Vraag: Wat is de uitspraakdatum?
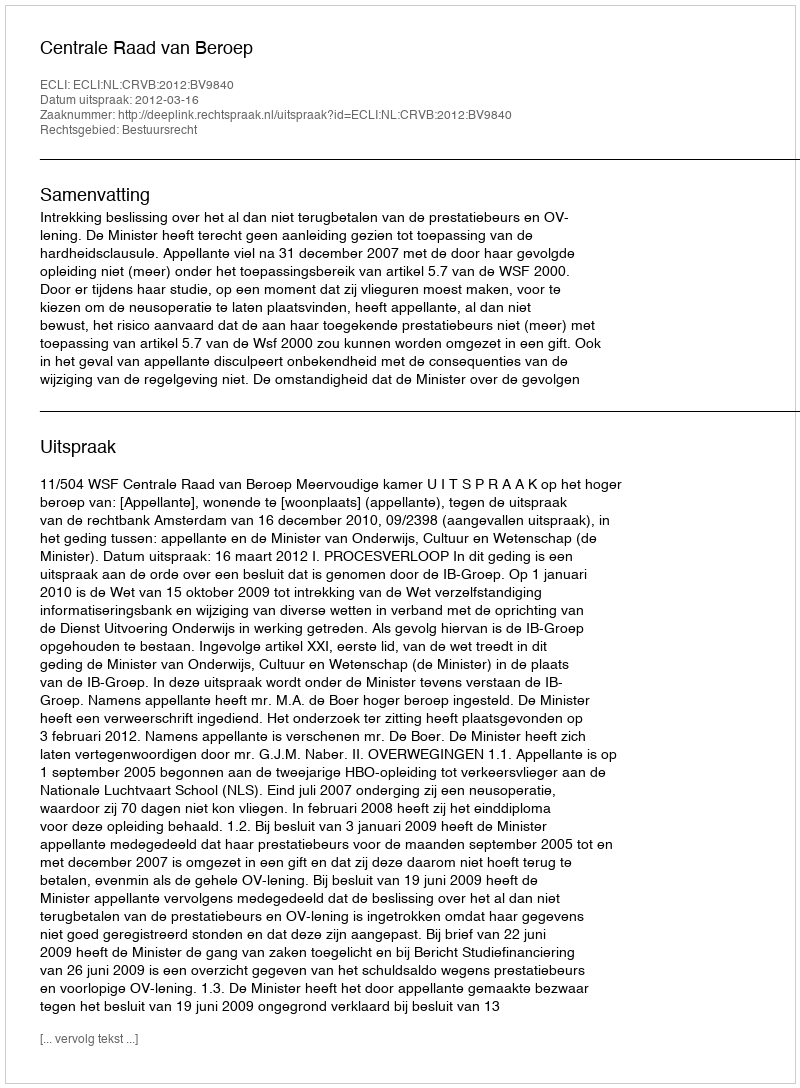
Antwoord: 2012-03-16